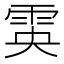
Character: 雵